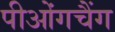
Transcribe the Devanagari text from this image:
पीओंगचैंग